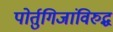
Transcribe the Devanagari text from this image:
पोर्तुगिजांविरुद्ध